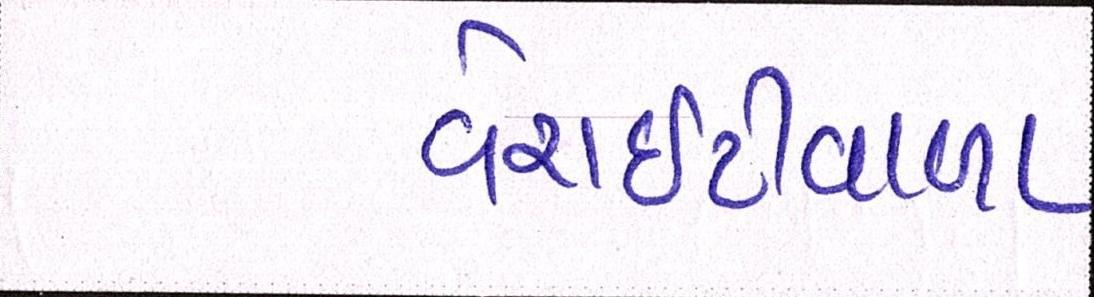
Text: વેરાઇટીવાળા